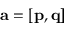
\mathbf { a } = \left[ \mathbf { p } , \mathbf { q } \right]